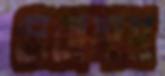
চোমোলংমা